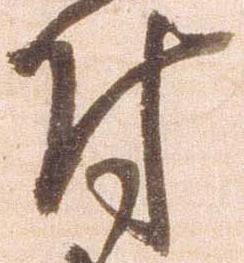
付